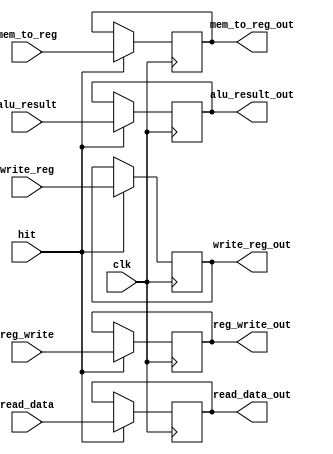
`timescale 1ns / 1ps

module MEM_WB_reg (
   input clk,
	input hit,
	input [31:0] read_data,
	input [31:0] alu_result,
	input [ 4:0] write_reg,
	input reg_write,
	input mem_to_reg,
	output reg [31:0] read_data_out,
	output reg [31:0] alu_result_out,
	output reg [ 4:0] write_reg_out,
	output reg reg_write_out,
	output reg mem_to_reg_out
	);
	
	always @(negedge clk) begin
		if (hit == 1'b1) begin
			read_data_out <= read_data;
			alu_result_out <= alu_result;
			write_reg_out <= write_reg;
			reg_write_out <= reg_write;
			mem_to_reg_out <= mem_to_reg;
		end
	end

endmodule